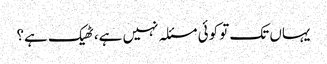
یہاں تک تو کوئی مسئلہ نہیں ہے، ٹھیک ہے؟